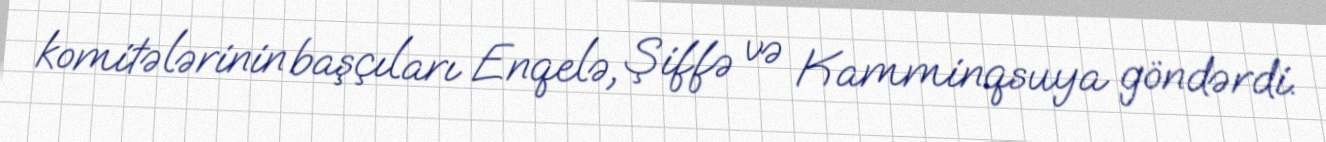
komitələrinin başçıları Enqelə, Şiffə və Kamminqsuya göndərdi.